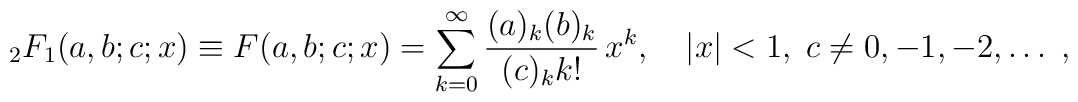
{}_2F_1(a,b;c;x)\equiv F(a,b;c;x)=\sum_{k=0}^\infty{(a)_k(b)_k\over (c)_kk!}\,x^k,\quad|x|<1,\;c\ne0,-1,-2,\ldots\;,